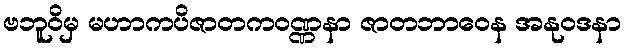
ဗဘူဝိမှ မဟာကပိဇာတကဝဏ္ဏနာ ဇာတဘာဝေန အနုဝဒနာ